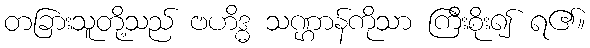
တခြားသူတို့သည် ဗဟိဒ္ဓ သဏ္ဌာန်ကိုသာ ကြီးစိုး၍ ရ၏။